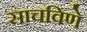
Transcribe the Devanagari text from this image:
साचविणे